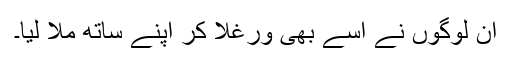
ان لوگوں نے اسے بھی ورغلا کر اپنے ساتھ ملا لیا۔